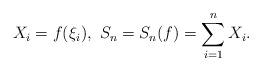
LaTeX: \begin{align*}{X_{i}=f(\xi_{i}),\ S_{n}=S_{n}(f)=\sum\limits_{i=1}^{n}X_{i}}. \end{align*}